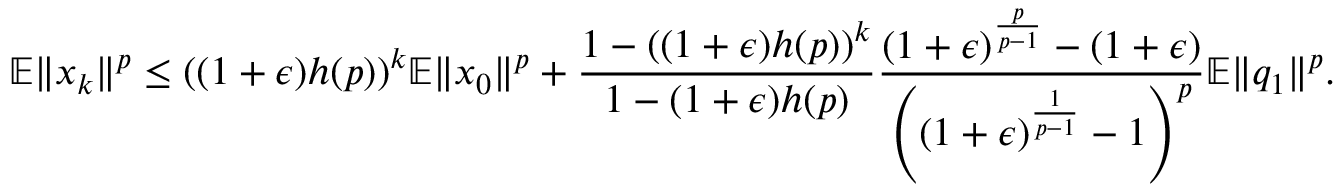
\mathbb { E } \Vert x _ { k } \Vert ^ { p } \leq ( ( 1 + \epsilon ) h ( p ) ) ^ { k } \mathbb { E } \Vert x _ { 0 } \Vert ^ { p } + \frac { 1 - ( ( 1 + \epsilon ) h ( p ) ) ^ { k } } { 1 - ( 1 + \epsilon ) h ( p ) } \frac { ( 1 + \epsilon ) ^ { \frac { p } { p - 1 } } - ( 1 + \epsilon ) } { \left( ( 1 + \epsilon ) ^ { \frac { 1 } { p - 1 } } - 1 \right) ^ { p } } \mathbb { E } \Vert q _ { 1 } \Vert ^ { p } .